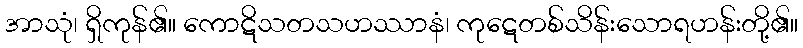
အာသုံ၊ ရှိကုန်၏။ ကောဋိသတသဟဿာနံ၊ ကုဋေတစ်သိန်းသောရဟန်းတို့၏။